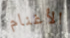
الأغنام